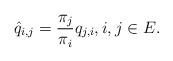
LaTeX: \begin{align*}\hat{q}_{i,j} = \frac{\pi_j}{\pi_i}q_{j,i}, i,j\in E.\end{align*}